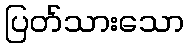
ပြတ်သားသော